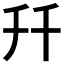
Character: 𠦅